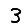
Digit: 3